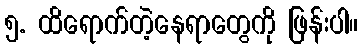
၅. ထိရောက်တဲ့နေရာတွေကို ဖြန်းပါ။